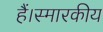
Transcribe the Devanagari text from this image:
हैं।स्मारकीय